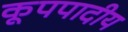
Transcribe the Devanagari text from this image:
कूपपादीय